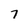
Character: 7